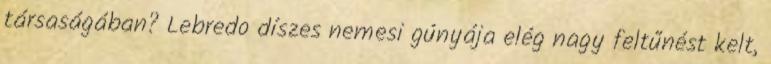
társaságában? Lebredo díszes nemesi gúnyája elég nagy feltűnést kelt,